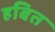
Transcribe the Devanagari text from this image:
हबित